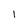
Character: 1